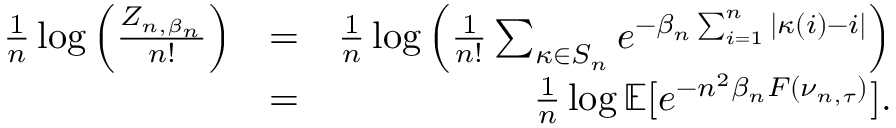
\begin{array} { r l r } { \frac { 1 } { n } \log \Big ( \frac { Z _ { n , \beta _ { n } } } { n ! } \Big ) } & { = } & { \frac { 1 } { n } \log \Big ( \frac { 1 } { n ! } \sum _ { \kappa \in S _ { n } } e ^ { - \beta _ { n } \sum _ { i = 1 } ^ { n } | \kappa ( i ) - i | } \Big ) } \\ & { = } & { \frac { 1 } { n } \log { \mathbb { E } [ e ^ { - n ^ { 2 } \beta _ { n } F ( \nu _ { n , \tau } ) } ] } . } \end{array}